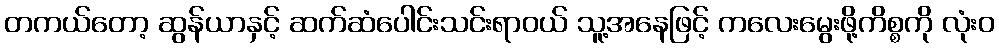
တကယ်တော့ ဆွန်ယာနှင့် ဆက်ဆံပေါင်းသင်းရာဝယ် သူ့အနေဖြင့် ကလေးမွေးဖို့ကိစ္စကို လုံးဝ